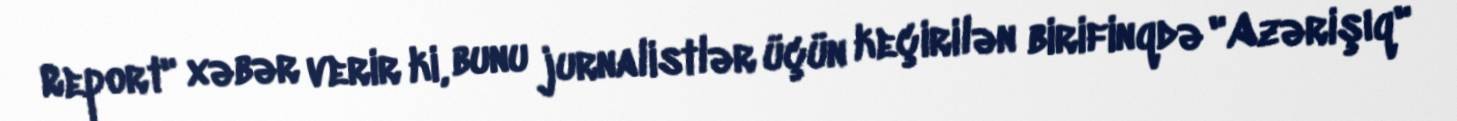
Report" xəbər verir ki, bunu jurnalistlər üçün keçirilən birifinqdə "Azərişıq"